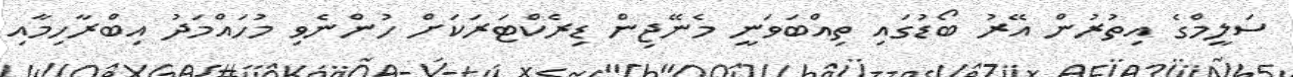
ސަލީމްގެ އިތުރުން އޭރު ބޯޑުގައި ތިއްބަވަނީ މެނޭޖިން ޑިރެކްޓަރަކަށް ހުންނެވި މުހައްމަދު އިބްރާހިމާއި